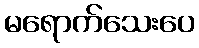
မရောက်သေးပေ